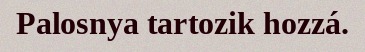
Palosnya tartozik hozzá.